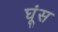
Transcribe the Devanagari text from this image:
घूंस